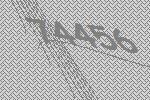
74456